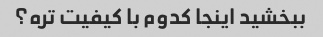
ببخشید اینجا کدوم با کیفیت تره؟